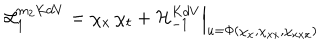
LaTeX: { \cal L } _ { 1 } ^ { m _ { 2 } K d V } = \chi _ { x } \, \chi _ { t } + { \cal H } _ { - 1 } ^ { K d V } \Big | _ { u = \Phi ( \chi _ { x } , \chi _ { x x } , \chi _ { x x x } ) }